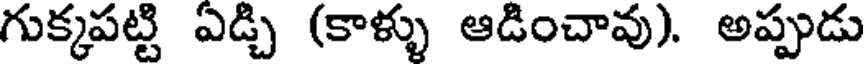
గుక్కపట్టి ఏడ్చి (కాళ్ళు ఆడించావు). అప్పుడు